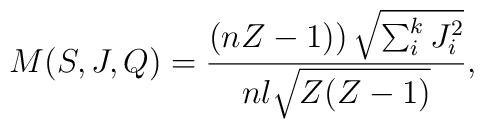
M(S,J,Q)=\frac{\left( nZ-1)\right) \sqrt{\sum_i^kJ_i^2}}{nl\sqrt{Z(Z-1)}},